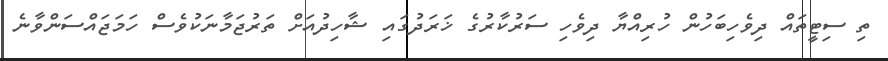
ތި ސިޓީތައް ދިވެހިބަހުން ހުރިއްޔާ ދިވެހި ސަރުކާރުގެ ޚަރަދުގައި ޝާހިދުއަށް ތަރުޖަމާނަކުވެސް ހަމަޖައްސަންވާނެ